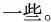
一些。